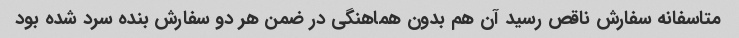
متاسفانه سفارش ناقص رسید آن هم بدون هماهنگی در ضمن هر دو سفارش بنده سرد شده بود